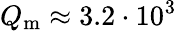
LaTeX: Q_{\mathrm{m}}\approx 3.2\cdot 10^{3}